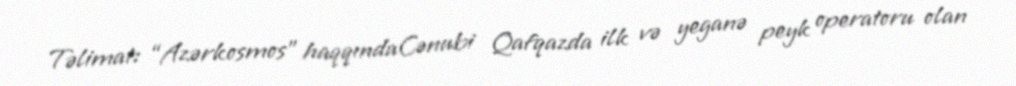
Təlimat: “Azərkosmos” haqqındaCənubi Qafqazda ilk və yeganə peyk operatoru olan